65_HS1-834228961_62-HQ-83894_Section_1
Agency: FBI
Page 86
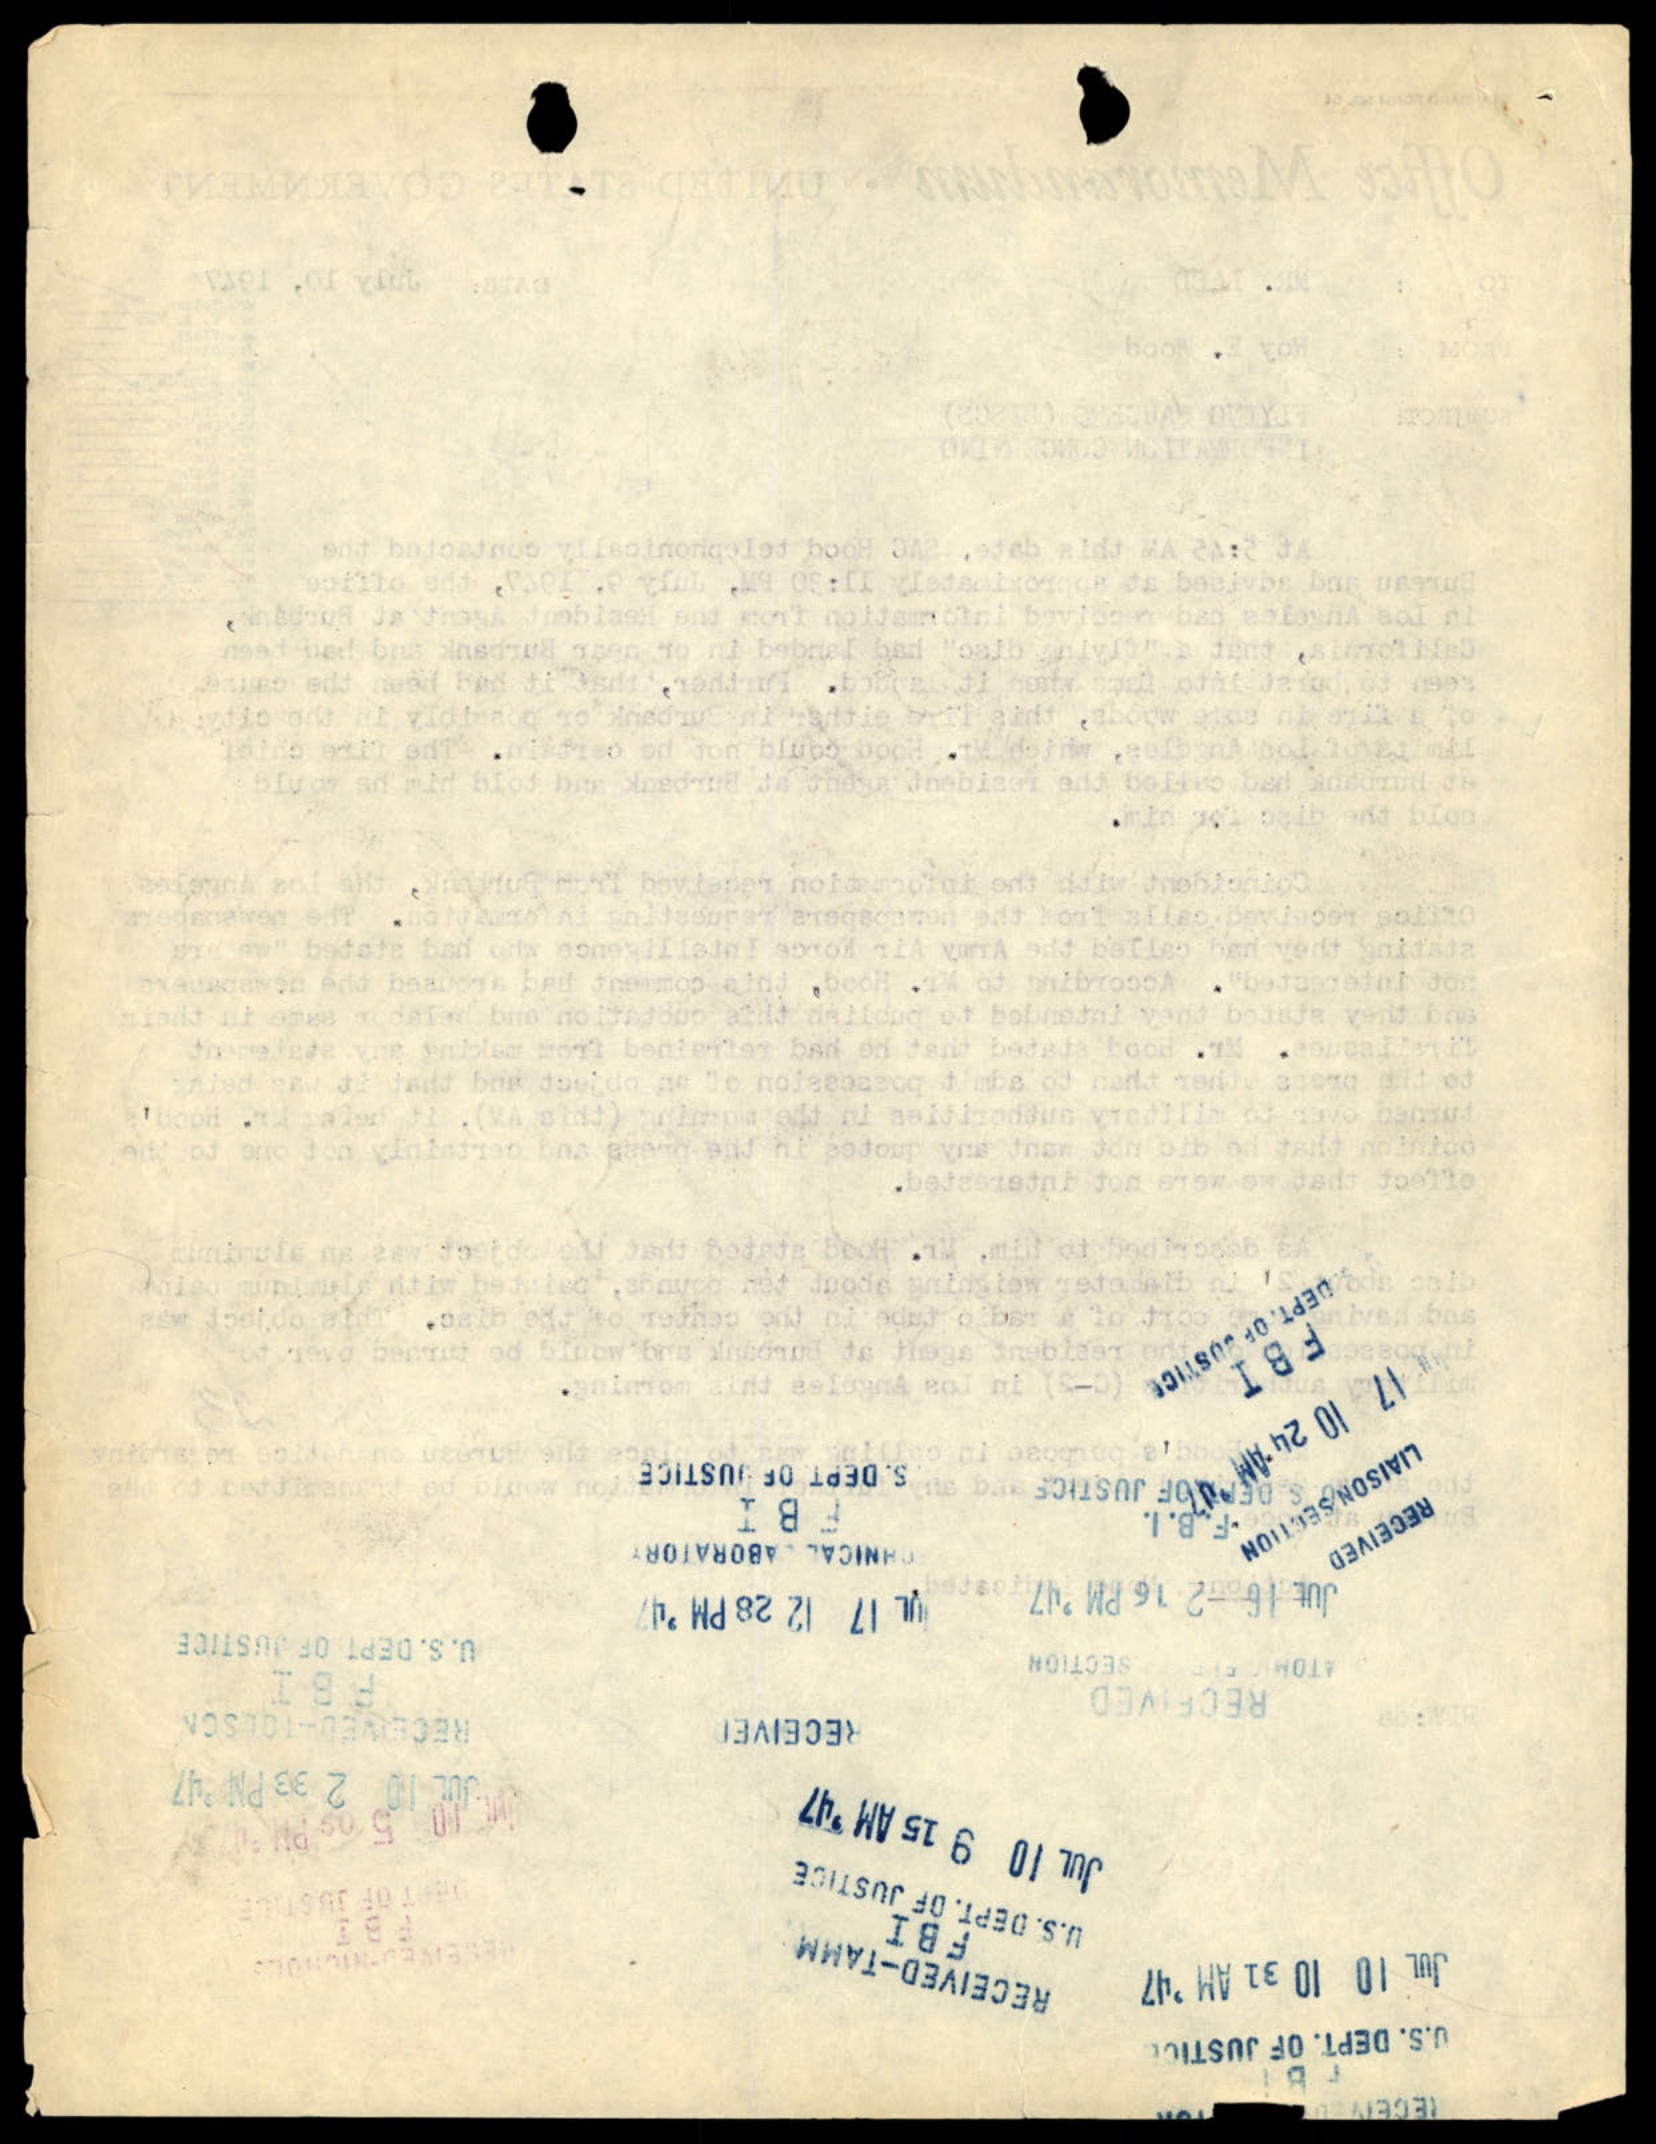